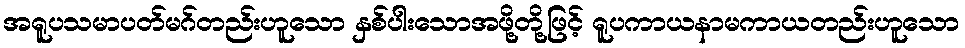
အရူပသမာပတ်မဂ်တည်းဟူသော နှစ်ပါးသောအဖို့တို့ဖြင့် ရူပကာယနာမကာယတည်းဟူသော